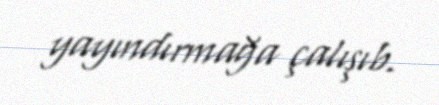
yayındırmağa çalışıb.